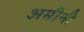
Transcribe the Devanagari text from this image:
अमीनी